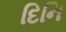
દિનિ